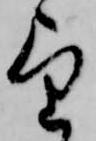
望